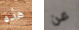
هذه عن